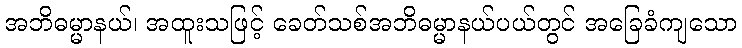
အဘိဓမ္မာနယ်၊ အထူးသဖြင့် ခေတ်သစ်အဘိဓမ္မာနယ်ပယ်တွင် အခြေခံကျသော